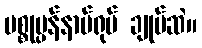
ပစ္စုပ္ပန်နာမ်ရုပ် ချုပ်ဆဲ။